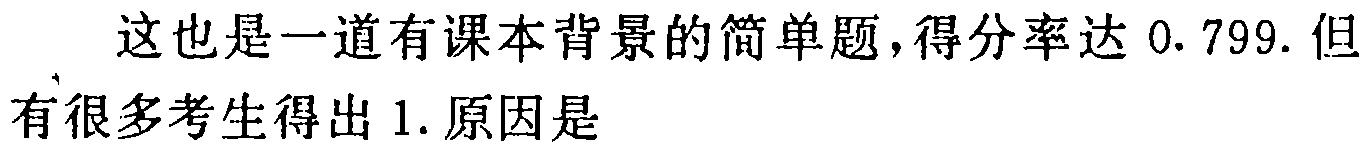
这也是一道有课本背景的简单题，得分率达 0.799. 但有很多考生得出 1. 原因是